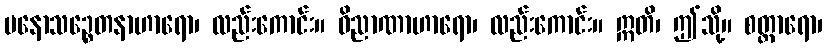
မနောသဉ္စေတနာဟာရော၊ လည်းကောင်း။ ဝိညာဏာဟာရော၊ လည်းကောင်း။ ဣတိ၊ ဤသို့။ စတ္တာရော၊